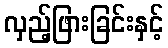
လှည့်ဖြားခြင်းနှင့်